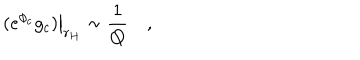
LaTeX: \left. ( e ^ { \phi _ { c } } g _ { c } ) \right| _ { r _ { H } } \sim { \frac { 1 } { Q } } \quad ,